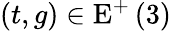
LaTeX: \left(t,g\right)\in\mathrm{E}^{+}\left(3\right)